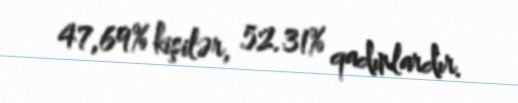
47,69% kişilər, 52.31% qadınlardır.